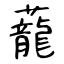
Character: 蘢